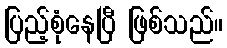
ပြည့်စုံနေပြီ ဖြစ်သည်။